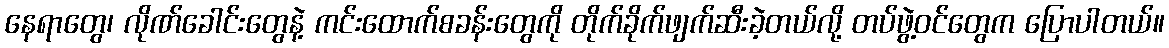
နေရာတွေ၊ လိုဏ်ခေါင်းတွေနဲ့ ကင်းထောက်စခန်းတွေကို တိုက်ခိုက်ဖျက်ဆီးခဲ့တယ်လို့ တပ်ဖွဲ့ဝင်တွေက ပြောပါတယ်။